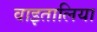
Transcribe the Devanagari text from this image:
वाइतालिया